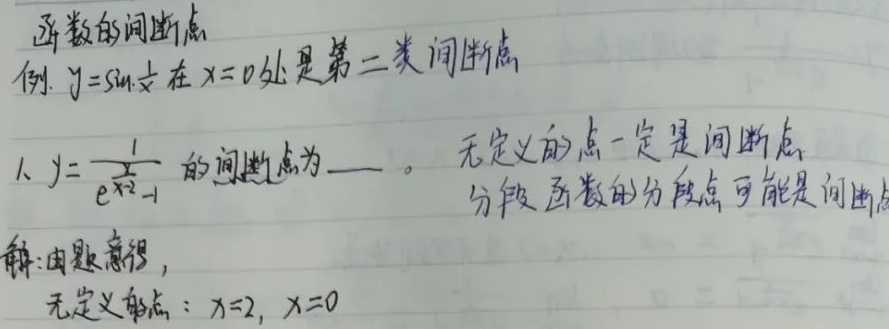
函数的间断点例. \(y = \sin\frac{1}{x}\) 在 \(x = 0\) 处是第二类间断点。

1. \(y=\frac{1}{e^{\frac{1}{x - 2}}-1}\) 的间断点为  。无定义的点一定是间断点，分段函数的分段点可能是间断点。

解：由题意得，无定义的点：\(x = 2\)，\(x = 0\)